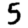
Digit: 5